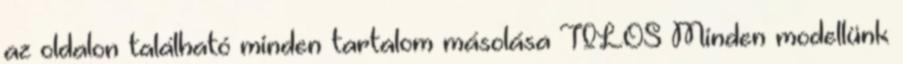
az oldalon található minden tartalom másolása TILOS Minden modellünk